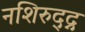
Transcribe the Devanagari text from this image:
नशिरुद्द्न